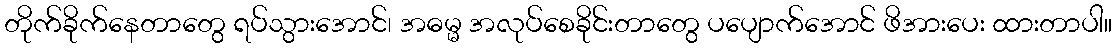
တိုက်ခိုက်နေတာတွေ ရပ်သွားအောင်၊ အဓမ္မ အလုပ်စေခိုင်းတာတွေ ပပျောက်အောင် ဖိအားပေး ထားတာပါ။